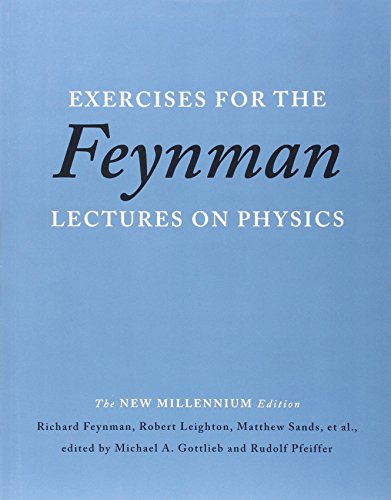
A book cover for Exercises for the Feynman Lectures on Physics; Richard P. Feynman; Science & Math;